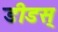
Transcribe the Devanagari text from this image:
डीडस्